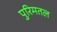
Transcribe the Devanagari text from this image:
पुरिमतल